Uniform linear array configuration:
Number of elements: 12
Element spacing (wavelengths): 0.75
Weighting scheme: uniform
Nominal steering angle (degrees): -15
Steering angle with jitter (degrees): -15.265
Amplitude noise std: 0.05
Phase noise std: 0.05

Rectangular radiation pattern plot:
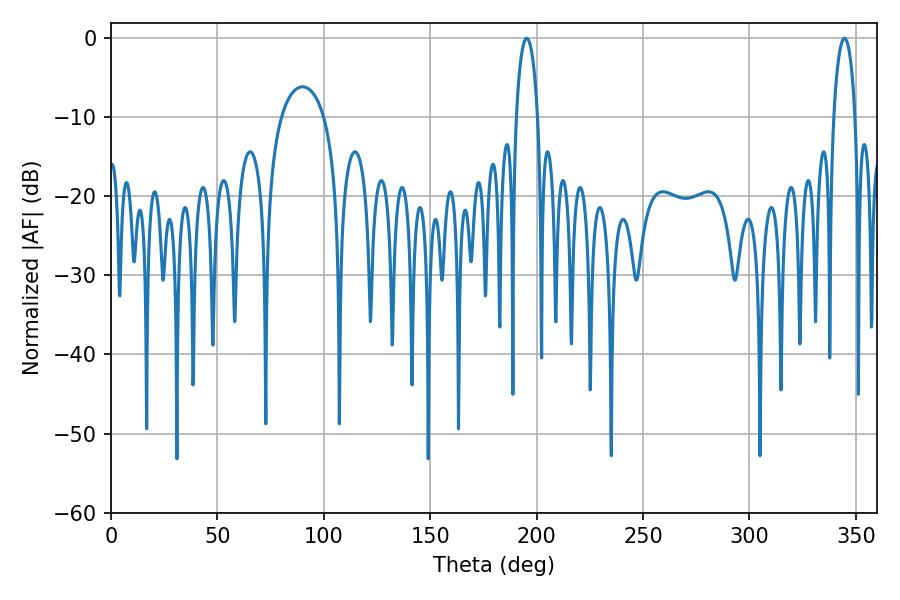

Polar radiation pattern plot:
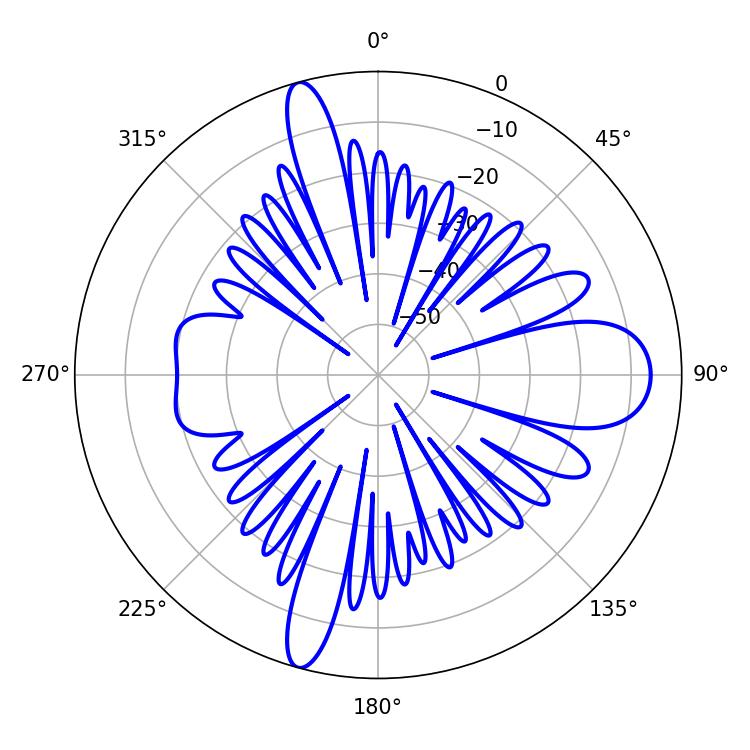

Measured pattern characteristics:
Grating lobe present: TRUE
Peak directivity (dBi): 20.114
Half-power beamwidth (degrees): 5.76
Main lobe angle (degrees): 195.3